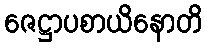
ဇေဋ္ဌာပစာယိနောတိ